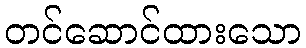
တင်ဆောင်ထားသော